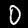
Label: 0